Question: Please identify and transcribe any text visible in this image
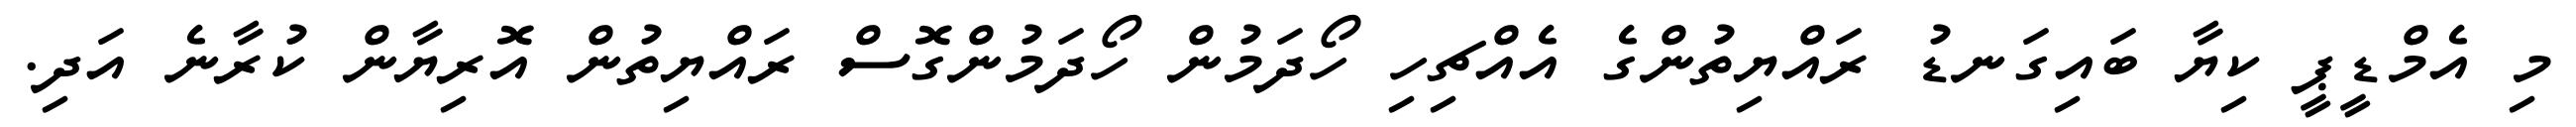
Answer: މި އެމްޑީޕީ ކިޔާ ބައިގަނޑު ރައްޔިތުންގެ އެއްޗިހި ހޯދަމުން ހޯދަމުންގޮސް ރައްޔިތުން އޮރިޔާން ކުރާނެ އަދި.